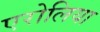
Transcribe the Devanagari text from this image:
एरोलिया